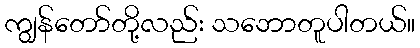
ကျွန်တော်တို့လည်း သဘောတူပါတယ်။